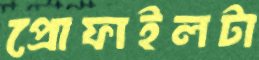
প্রোফাইলটা